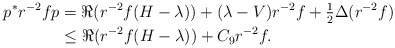
\begin{align*}p^* r^{-2}fp &= \Re(r^{-2}f(H-\lambda)) + (\lambda-V) r^{-2}f + \tfrac{1}{2} \Delta(r^{-2}f)\\&\leq \Re(r^{-2}f(H-\lambda)) + C_{9}r^{-2}f.\end{align*}